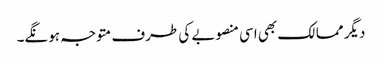
دیگر ممالک بھی اسی منصوبے کی طرف متوجہ ہونگے۔